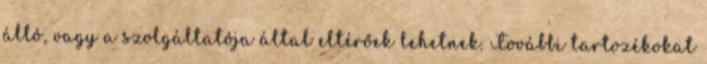
álló, vagy a szolgáltatója által eltérőek lehetnek. További tartozékokat